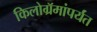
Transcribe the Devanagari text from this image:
किलोग्रॅमांपर्यंत